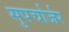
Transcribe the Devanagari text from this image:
सुपर्चार्जर